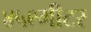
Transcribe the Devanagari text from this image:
४५९मीटर